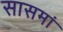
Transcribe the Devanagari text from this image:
सासमां